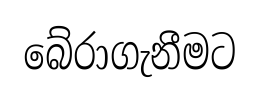
බේරාගැනීමට